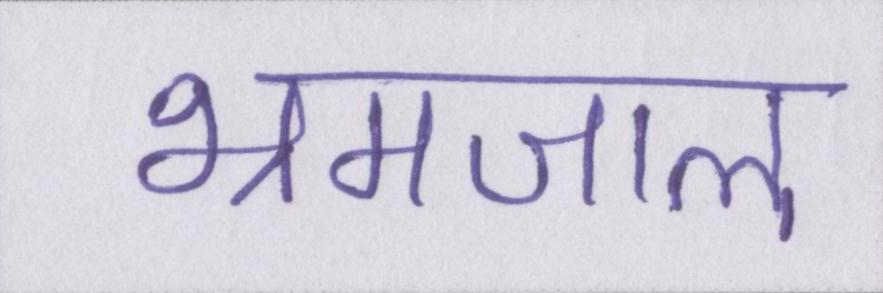
भ्रमजाल